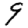
Digit: 9